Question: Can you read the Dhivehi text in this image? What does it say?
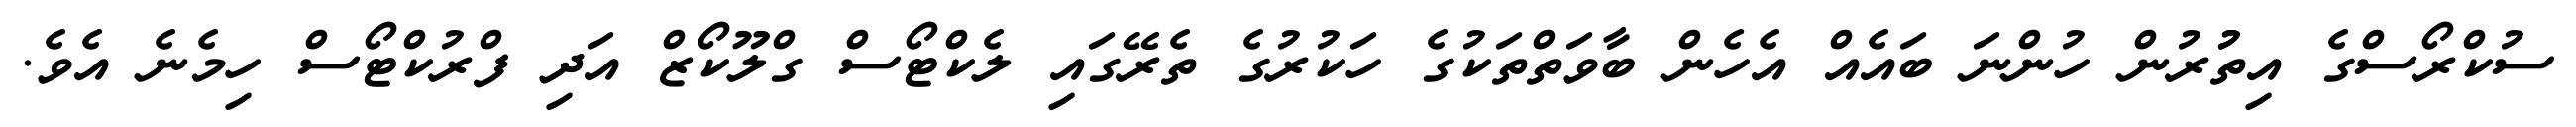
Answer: ސުކްރޯސްގެ އިތުުރުން ހުންނަ ބައެއް އެހެން ބާވަތްތަކުގެ ހަކުރުގެ ތެރޭގައި ލެކްޓޯސް ގްލޫކޯޒް އަދި ފްރުކްޓޯސް ހިމެނެ އެވެ.